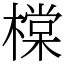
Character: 橖